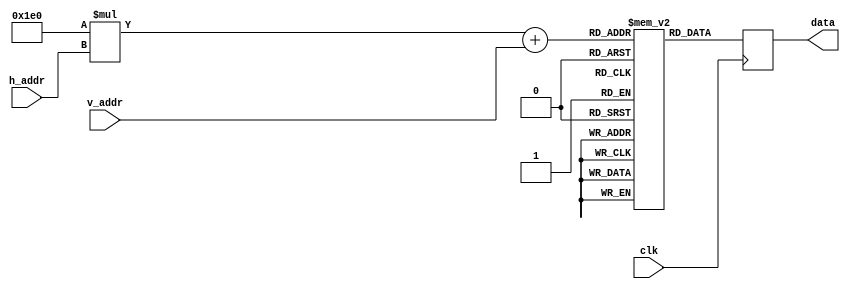
module read_mif(
	input clk,
	input [9:0] h_addr, 
	input [9:0] v_addr,
	output reg [23:0]data
);

(* ram_init_file = "picture.mif" *) reg [23:0] datas[327679:0];

always @(posedge clk) begin
	data = datas[480*h_addr + v_addr];
end

endmodule